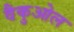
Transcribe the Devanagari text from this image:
वैकुओल